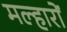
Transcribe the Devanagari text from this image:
मल्हारों